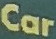
Car